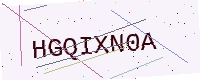
Text: HGQIXN0A